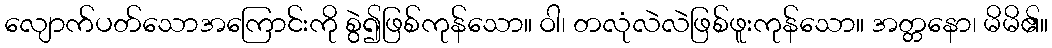
လျောက်ပတ်သောအကြောင်းကို စွဲ၍ဖြစ်ကုန်သော။ ဝါ၊ တလုံလဲလဲဖြစ်ဖူးကုန်သော။ အတ္တနော၊ မိမိ၏။